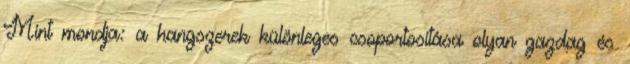
Mint mondja: a hangszerek különleges csoportosítása olyan gazdag és